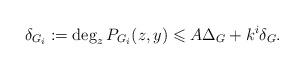
LaTeX: \begin{align*}\delta_{G_i}:=\deg_z P_{G_i}(z,y)\leqslant A\Delta_G+k^i\delta_G.\end{align*}